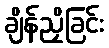
ချိန်ညှိခြင်း